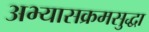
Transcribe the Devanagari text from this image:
अभ्यासक्रमसुद्धा